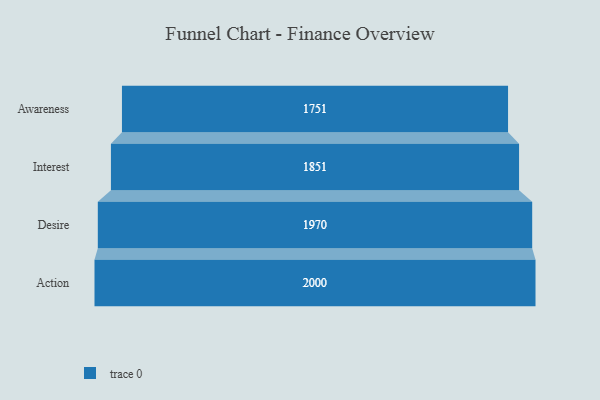
{"axis": {"x": "Stage", "y": "Value"}, "legend": [""], "data": [{"x": "Awareness", "y": 1751.0, "type": ""}, {"x": "Interest", "y": 1851.0, "type": ""}, {"x": "Desire", "y": 1970.0, "type": ""}, {"x": "Action", "y": 2000, "type": ""}]}